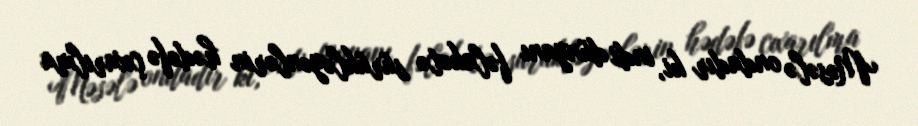
Məsələ ondadır ki, indi dünyanı fəlakətə sürükləyənlərin hədəfə çıxarılma